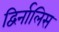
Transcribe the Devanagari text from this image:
द्विर्नालिस